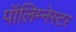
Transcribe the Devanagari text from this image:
पॉलिम्नेस्टर